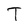
Character: T